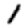
Digit: 1